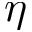
\eta